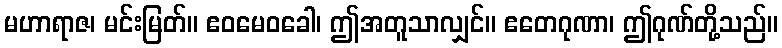
မဟာရာဇ၊ မင်းမြတ်။ ဧဝမေဝခေါ၊ ဤအတူသာလျှင်။ ဧတေဂုဏာ၊ ဤဂုဏ်တို့သည်။